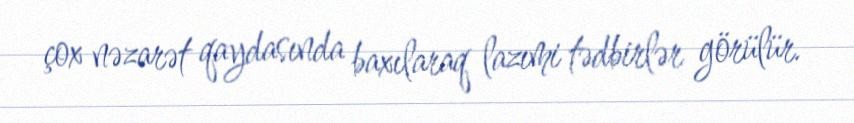
çox nəzarət qaydasında baxılaraq lazımi tədbirlər görülür.